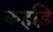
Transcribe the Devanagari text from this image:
कर्हाड़े